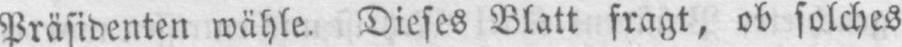
Präsidenten wähle. Dieses Blatt fragt, ob solches